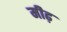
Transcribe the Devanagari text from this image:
मीढ़